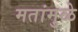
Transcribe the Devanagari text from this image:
मतांमुळे